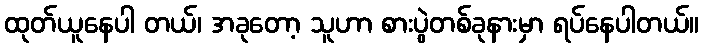
ထုတ်ယူနေပါ တယ်၊ အခုတော့ သူဟာ စားပွဲတစ်ခုနားမှာ ရပ်နေပါတယ်။